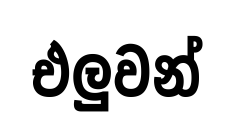
එලුවන්